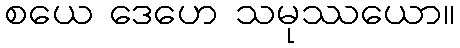
စယေ ဒေဟေ သမုဿယော။